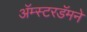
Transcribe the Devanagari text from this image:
अॅम्स्टरडॅमने